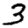
Digit: 3